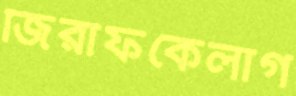
জিরাফকেলাগ